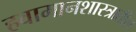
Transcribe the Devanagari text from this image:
हवामानशास्त्रातील